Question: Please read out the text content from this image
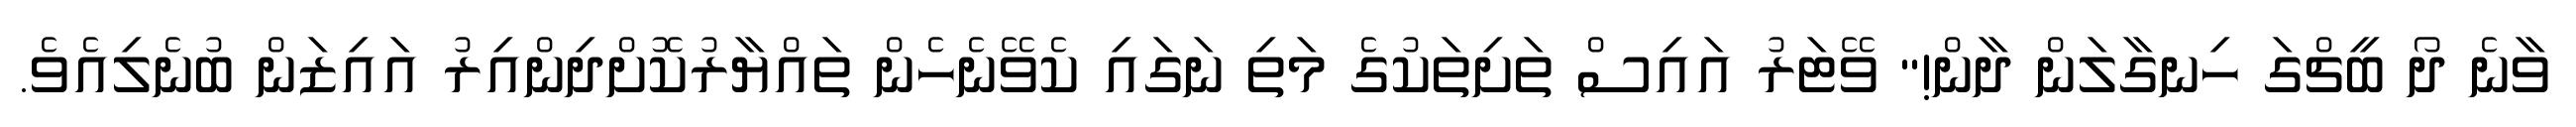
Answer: ވާނެ ދޯ ބީޗްގަ ހިނގާލަން ދާން!" ވޭޓަރު އައިސް ތަށިތަކުގެ މަތި ނަގައި ކެވޭނެހެން ތައްޔާރުކޮށްދިންއިރު އައިޒަން ބުނެލިއެވެ.